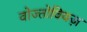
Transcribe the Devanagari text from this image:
वोज्तोविक्ज़